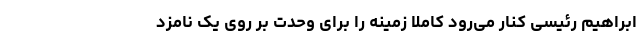
ابراهیم رئیسی کنار می‌رود کاملا زمینه را برای وحدت بر روی یک نامزد